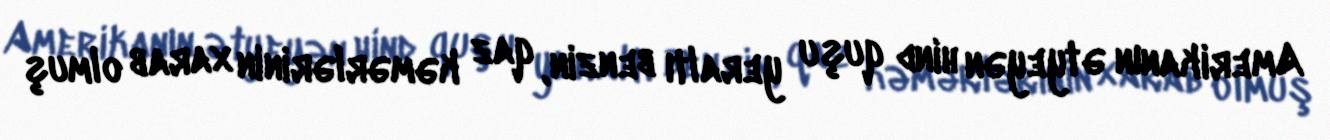
Amerikanın ətyeyən hind quşu yeraltı benzin, qaz kəmərlərinin xarab olmuş